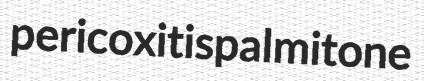
pericoxitis palmitone